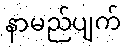
နာမည်ပျက်